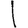
Digit: 1